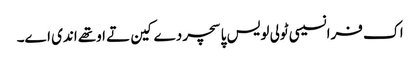
اک فرانسیسی ٹولی لویس پاسچر دے کین تے اوتھے اندی اے۔